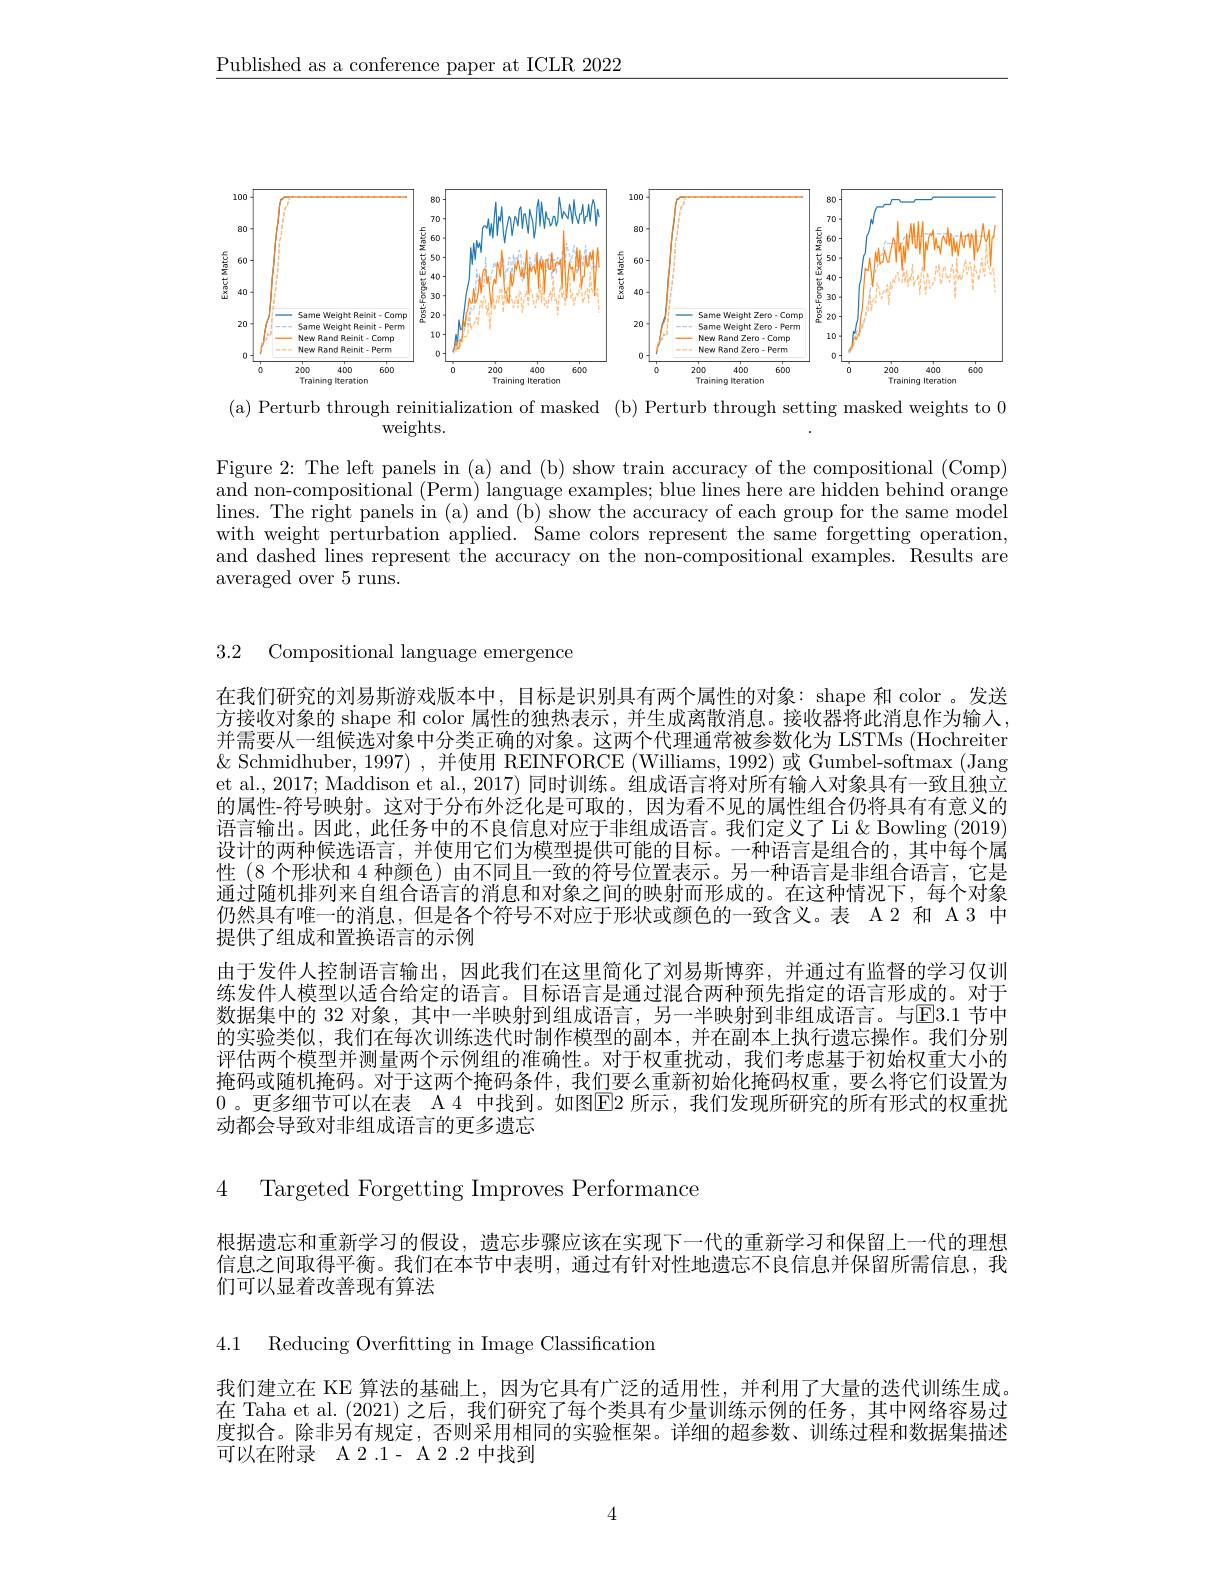
$\underline{\text{Published as a conference paper at ICLR 2022}}$

<FigureHere>
(a) Perturb through reinitialization of masked (b) Perturb through setting masked weights to 0

weights.

Figure 2: The left panels in (a) and (b) show train accuracy of the compositional (Comp) and non-compositional (Perm) language examples; blue lines here are hidden behind orange lines. The right panels in (a) and (b) show the accuracy of each group for the same model with weight perturbation applied. Same colors represent the same forgetting operation, and dashed lines represent the accuracy on the non-compositional examples. Results are averaged over 5 runs.

3.2 Compositional language emergence

在我们研究的刘易斯游戏版本中，目标是识别具有两个属性的对象：shape 和 color 。发送方接收对象的 shape 和 color 属性的独热表示，并生成离散消息。接收器将此消息作为输入， 并需要从一组候选对象中分类正确的对象。这两个代理通常被参数化为 LSTMs (Hochreiter $\&$ Schmidhuber, 1997),并使用 REINFORCE (Williams, 1992) 或 Gumbel-softmax (Jang et al., 2017; Maddison et al., 2017) 同时训练。组成语言将对所有输人对象具有一致且独立的属性-符号映射。这对于分布外泛化是可取的，因为看不见的属性组合仍将具有有意义的语言输出。因此，此任务中的不良信息对应于非组成语言。我们定义了 Li & Bowling (2019) 设计的两种候选语言，并使用它们为模型提供可能的目标。一种语言是组合的，其中每个属性 (8 个形状和 4 种颜色) 由不同且一致的符号位置表示。另一种语言是非组合语言，它是通过随机排列来自组合语言的消息和对象之间的映射而形成的。在这种情况下，每个对象仍然具有唯一的消息，但是各个符号不对应于形状或颜色的一致含义。表 A2 和 A 3 中提供了组成和置换语言的示例
由于发件人控制语言输出，因此我们在这里简化了刘易斯博弈，并通过有监督的学习仅训练发件人模型以适合给定的语言。目标语言是通过混合两种预先指定的语言形成的。对于数据集中的 32 对象，其中一半映射到组成语言，另一半映射到非组成语言。与$\overline{\mathrm{E}}3.1$ 节中的实验类似，我们在每次训练迭代时制作模型的副本，并在副本上执行遗忘操作。我们分别评估两个模型并测量两个示例组的准确性。对于权重扰动，我们考虑基于初始权重大小的掩码或随机掩码。对于这两个掩码条件，我们要么重新初始化掩码权重，要么将它们设置为0 。更多细节可以在表 A 4 中找到。如图$\boxed{\mathrm{E}}$2 所示，我们发现所研究的所有形式的权重扰动都会导致对非组成语言的更多遗忘

4 Targeted Forgetting Improves Performance

根据遗忘和重新学习的假设，遗忘步骤应该在实现下一代的重新学习和保留上一代的理想信息之间取得平衡。我们在本节中表明，通过有针对性地遗忘不良信息并保留所需信息，我们可以显着改善现有算法

4.1 Reducing Overftting in Image Classification

我们建立在 KE 算法的基础上，因为它具有广泛的适用性，并利用了大量的迭代训练生成。在 Taha et al. (2021) 之后，我们研究了每个类具有少量训练示例的任务，其中网络容易过度拟合。除非另有规定，否则采用相同的实验框架。详细的超参数、训练过程和数据集描述可以在附录 A2.1- A2.2 中找到

4